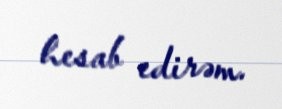
hesab edirəm.